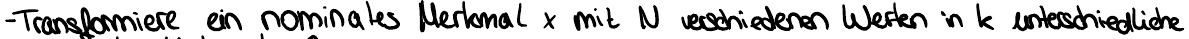
- Transformiere ein nominales Merkmal x mit N verschiedenen Werten in k unterschiedliche